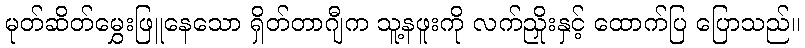
မုတ်ဆိတ်မွှေးဖြူနေသော ရှိတ်တာဂျီက သူ့နဖူးကို လက်ညှိုးနှင့် ထောက်ပြ ပြောသည်။